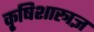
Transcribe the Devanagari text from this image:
कृ्षिशास्त्रज्ञ